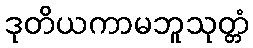
ဒုတိယကာမဘူသုတ္တံ